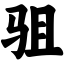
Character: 驵